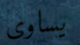
يساوى